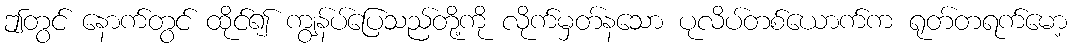
ဤတွင် နောက်တွင် ထိုင်၍ ကျွန်ပ်ပြေသည်တို့ကို လိုက်မှတ်နသော ပုလိပ်တစ်ယောက်က ရုတ်တရက်မော့